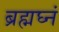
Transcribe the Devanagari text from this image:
ब्रह्मघ्नं